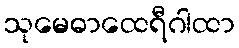
သုမေဓာထေရီဂါထာ